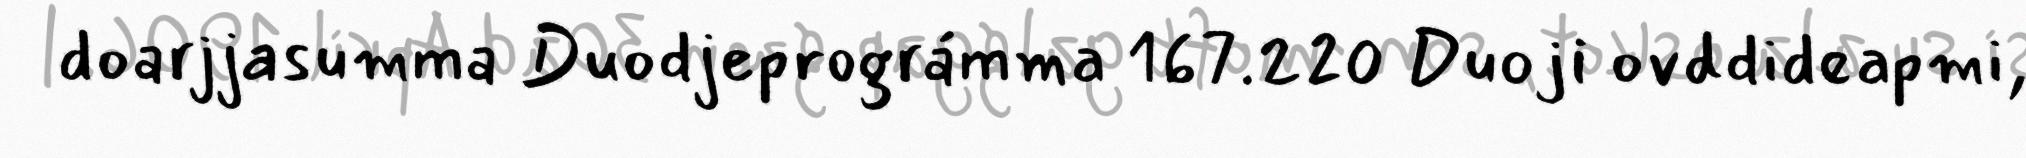
doarjjasumma Duodjeprográmma 167.220 Duoji ovddideapmi,